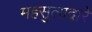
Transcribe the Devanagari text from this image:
महसुलाद्वारे